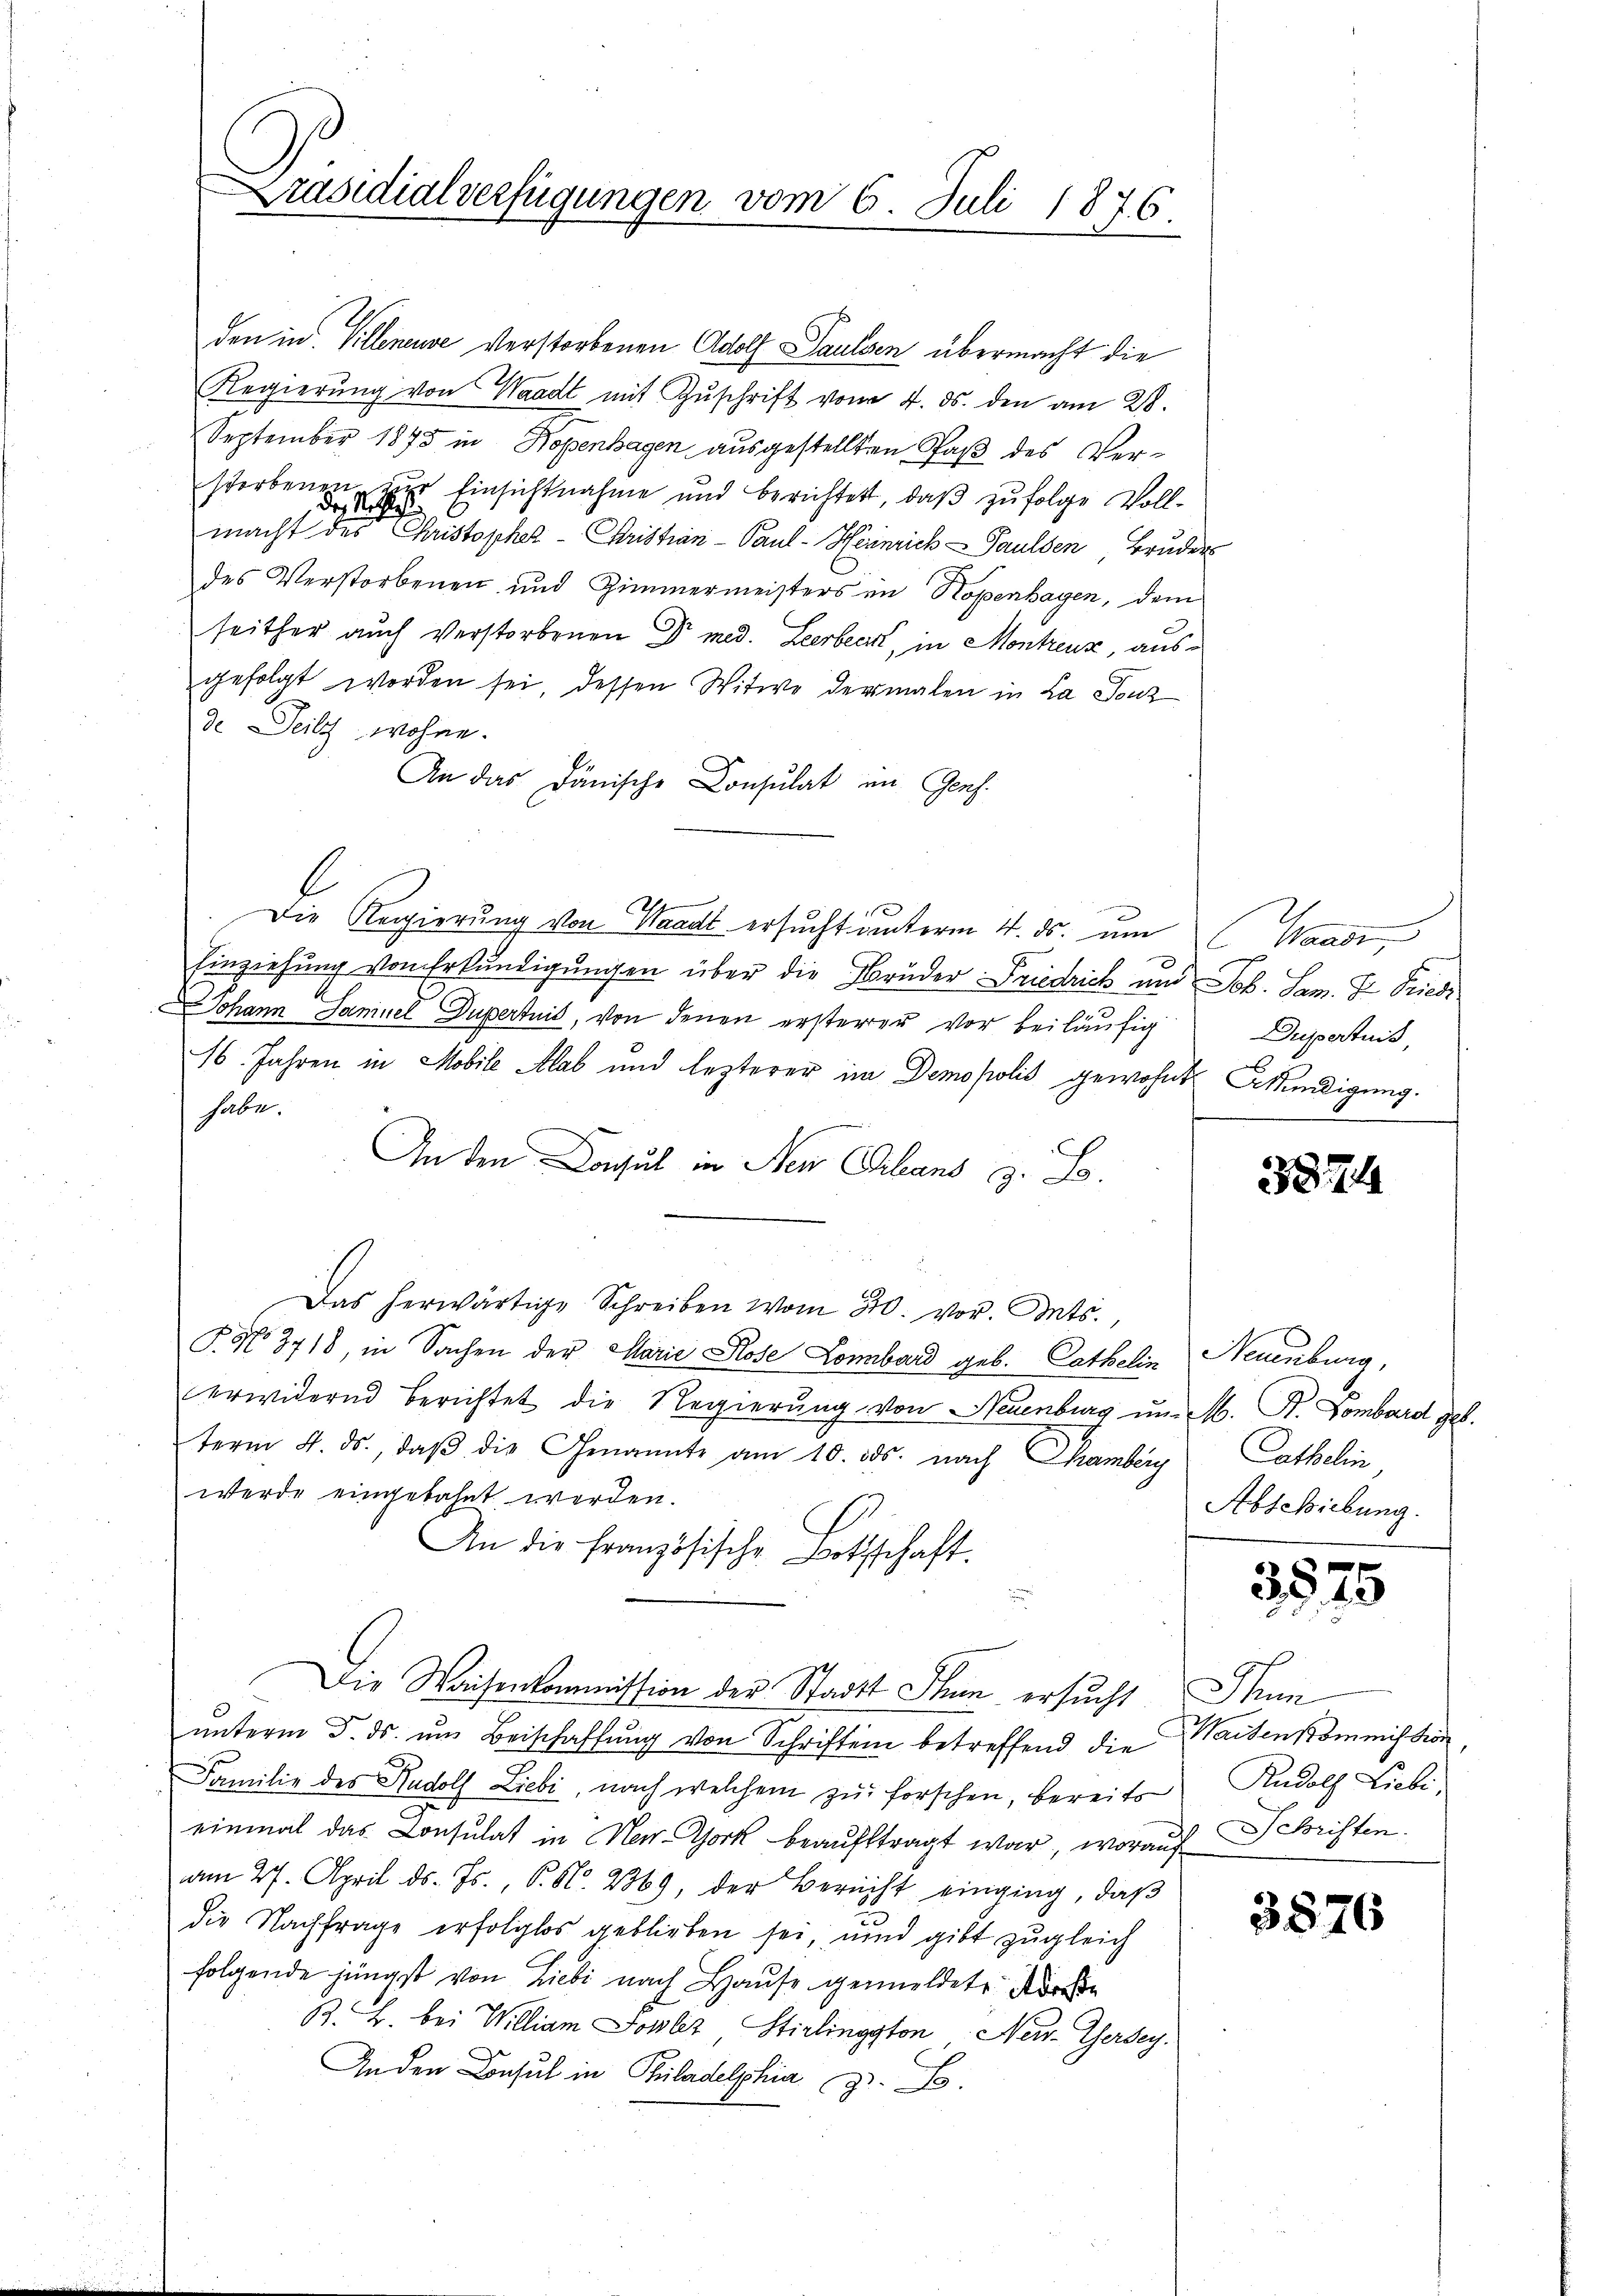
den in Villeneuve verstorbenen Adolf Paulsen übermacht die
Regierŭng von Waadt mit Zŭschrift vom 4. ds. den am 28.
September 1875 in Hopenhagen ausgestellten Paß des Versterbenen zur Einsichtnahme und berichtet, daß zufolge Vollmacht des Christophel - Christian - Paul - Heinrich Paulsen, Bruder
des Verstorbenen und Zimmermeisters in Kopenhagen, dem
seither auch verstorbenen Dr med. Leerbeck, in Montreux, ausgefolgt worden sei, dessen Witwe dermalen in La Jonz
de Teilz wohne.
An das Dänische Consulat im Genf.
l
x
Die Regierung von Waadt ersucht unterm 4. ds. um (Waadt,
Einziehung von Erkundigungen über die Brüder Friedrich und Joh. Sep. K. Friedi
Johann Saninel Dupertuis, von denen ersterer vor beiläufig
16. Jahren in Mobile Mlab und lezterer im Demopolis gewohnt Bindigung.
habe.
An den Consul in den Plans z. S.
Das herwärtige Schreiben vom 30. vor. Mts.,
T. No 3718, in Sachen der Marie Rose Lombard geb. Cathelin
erwidernd berichtet die Regierung von Neuenburg um. M. R. Gombard geb.
term 4. ds., daβ die Genannte am 10. ds. nach Chamberg
werde eingebahnt werden.
An die Französische Bottschaft.
Die Waisenkommission der Stadtt Thun ersucht Thun
ŭnterm 5. ds. ŭm Beischaffŭng von Schriften betreffend die Waisenkommission,
Familie des Rudolf Liebi, nach welchem zu forschen, bereits
einmal das Consulat in New-York beauftragt war, worauf Schriften.
am 27. April d. Js., P. Nr. 2369, der Bericht einging, daß
die Nachfrage erfolglos geblieben sei, und gibt zugleich
folgende jüngst von Liebe nach Hause gemeldete Korre
B. B. bei William Johler Stirlingston New-Jersey.
An den Consul in Philadelphia z. B.

Präsidialverfügungen vom 6. Juli 1876.

Duportuit,

3874

Naumbung,
Cathelin,
Abschiebung.

3575

Rudolf Liebi

3876